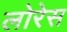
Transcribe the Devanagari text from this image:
लोरेस